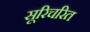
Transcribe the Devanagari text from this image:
सूरिचरित